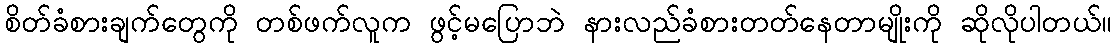
စိတ်ခံစားချက်တွေကို တစ်ဖက်လူက ဖွင့်မပြောဘဲ နားလည်ခံစားတတ်နေတာမျိုးကို ဆိုလိုပါတယ်။